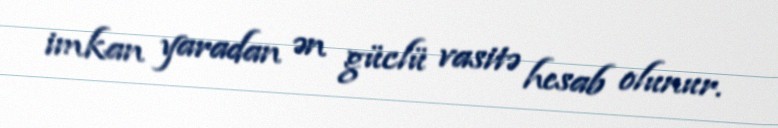
imkan yaradan ən güclü vasitə hesab olunur.